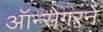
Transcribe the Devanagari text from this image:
ऑन्सेगरने